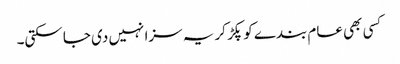
کسی بھی عام بندے کو پکڑ کر یہ سزا نہیں دی جا سکتی۔